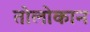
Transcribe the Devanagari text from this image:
तोलोकान